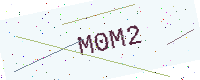
Text: M0M2